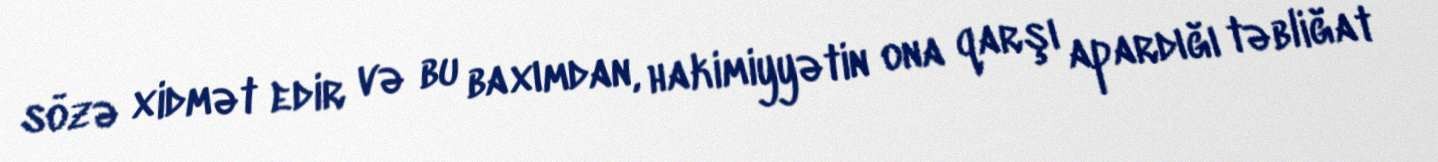
sözə xidmət edir və bu baxımdan, hakimiyyətin ona qarşı apardığı təbliğat